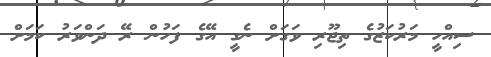
ސިއްހީ މަރުކަޒުގެ ތިޖޫރި ވަގަށް ނެގީ އޭގެ ފަހުން ރޭ ދަންވަރު ކަމަށް